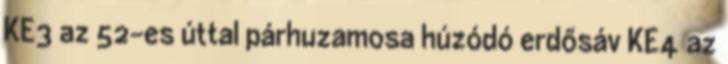
KE3 az 52-es úttal párhuzamosa húzódó erdősáv KE4 az